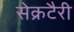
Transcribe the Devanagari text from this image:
सेक्रटैरी